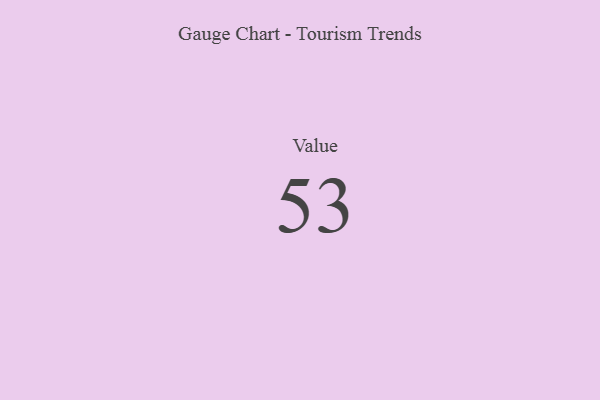
{"axis": {"x": "Metric", "y": "Value"}, "legend": [""], "data": [{"x": "Value", "y": 53, "type": ""}]}